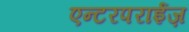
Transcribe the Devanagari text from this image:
एन्टरपराईज़